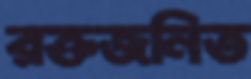
রক্তজনিত